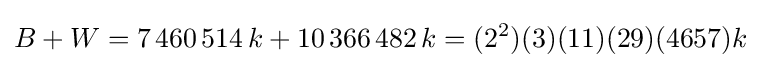
B+W=7\,460\,514\,k+10\,366\,482\,k=(2^{2})(3)(11)(29)(4657)k